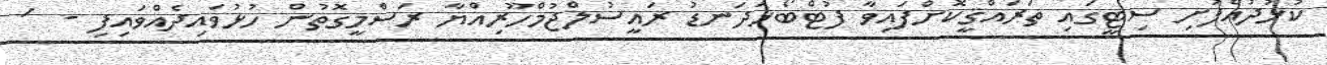
ކުޅުދުއްފުށި ސިޓީގައި ތަރައްޤީކޮށްފައިވާ ފުޓްބޯޅަދަނޑު ރައީސުލްޖުމްހޫރިއްޔާ ރަސްމީގޮތުން ހުޅުވައިދެއްވައިފި -  '